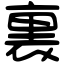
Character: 裏